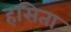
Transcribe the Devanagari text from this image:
हसिता